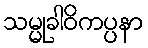
သမ္မုခါဝိကပ္ပနာ